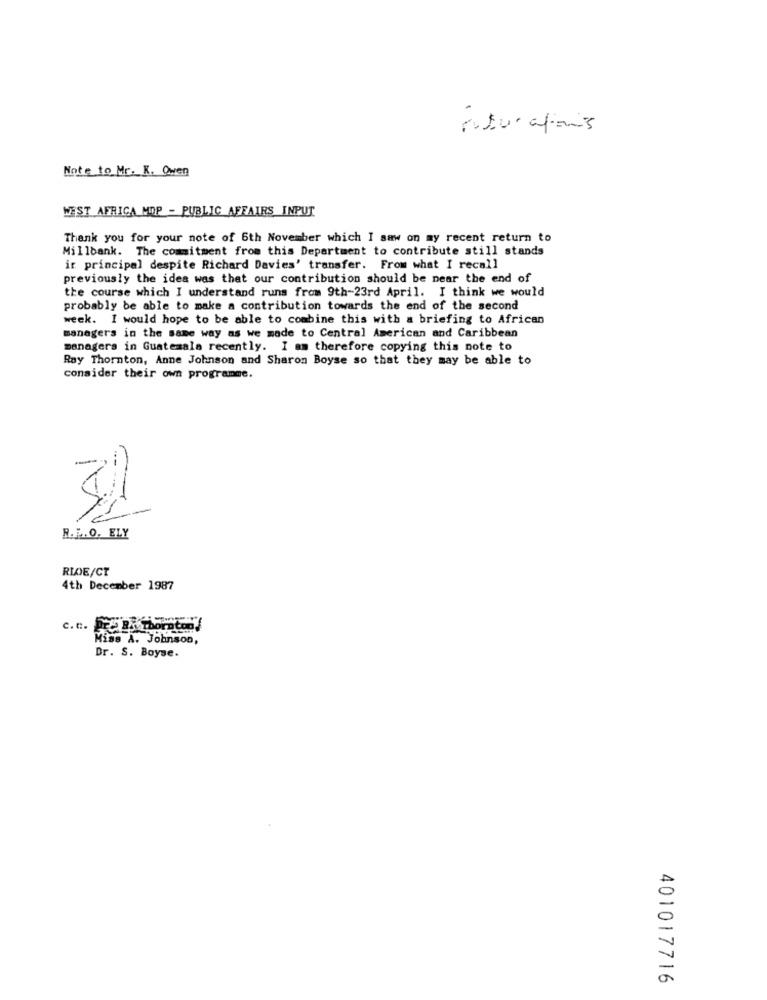
naturafans
Note to Mr. K. Owen
WEST AFRICA MOP - PUBLIC AFFAIRS INPUT
Thank you for your note of 6th November which I saw on my recent return to
Millbank. The commitment from this Department to contribute still stands
ir principal despite Richard Davies' transfer. From what I recall
previously the idea was that our contribution should be near the end of
the course which I understand runs from 9th-23rd April. I think we would
probably be able to make a contribution towards the end of the second
week. I would hope to be able to combine this with a briefing to African
managers in the same way as we made to Central American and Caribbean
managers in Guatemala recently. I am therefore copying this note to
Ray Thornton, Anne Johnson and Sharon Boyse so that they may be able to
consider their own programme.
32
R.L. O. ELY
RIDE/CT
4th December 1987
c. c. Pre By Thornton!
Miss A. Johnson,
Dr. S. Boyse.
401017716